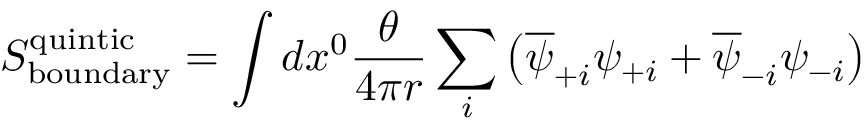
S _ { \mathrm { b o u n d a r y } } ^ { \mathrm { q u i n t i c } } = \int d x ^ { 0 } \frac { \theta } { 4 \pi r } \sum _ { i } \left( \overline { { { \psi } } } _ { + i } \psi _ { + i } + \overline { { { \psi } } } _ { - i } \psi _ { - i } \right)